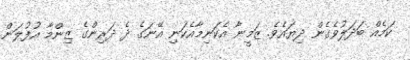
ކަމެއް ބަދަލުވެގެން ދިޔައެވެ. ޒަމީނާ އެކަނިމާއެކަނި އޭނަގެ ދެ ދަރިންގެ ޒިންމާ އުފުލަން